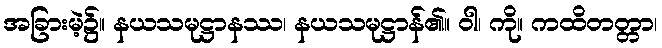
အခြားမဲ့၌။ နယသမုဋ္ဌာနဿ၊ နယသမုဋ္ဌာန်၏။ ဝါ၊ ကို။ ကထိတတ္တာ၊